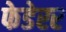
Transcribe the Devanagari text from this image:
फेडेरर